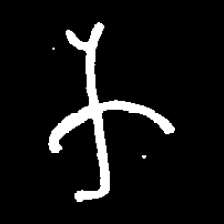
Pyu character \u2014 Myanmar letter: က (romanized: ka)